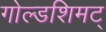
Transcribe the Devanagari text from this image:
गोल्डशिमट्